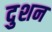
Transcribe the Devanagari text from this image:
दुशन